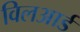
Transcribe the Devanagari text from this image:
विलआर्ड